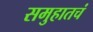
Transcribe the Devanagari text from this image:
समुहातचं